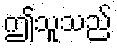
ဤသူသည်